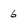
Character: 6